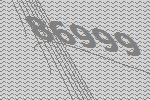
86999